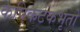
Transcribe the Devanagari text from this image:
कपिकटकभृतो